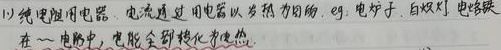
纯电阻用电器：电流通过用电器后以热为目的，eg. 电炉子、白炽灯、电烙铁在电路中，电能全部转化为热能。